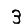
Digit: 3